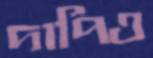
দাপিও